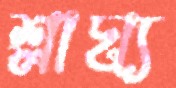
শ্লাঘ্য